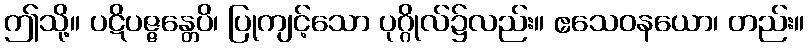
ဤသို့။ ပဋိပဇ္ဇန္တေပိ၊ ပြုကျင့်သော ပုဂ္ဂိုလ်၌လည်း။ ဧသေဝနယော၊ တည်း။